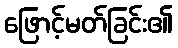
ဖြောင့်မတ်ခြင်း၏